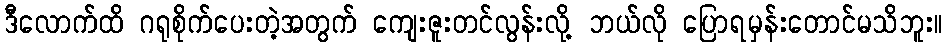
ဒီလောက်ထိ ဂရုစိုက်ပေးတဲ့အတွက် ကျေးဇူးတင်လွန်းလို့ ဘယ်လို ပြောရမှန်းတောင်မသိဘူး။